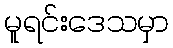
မူရင်းဒေသမှာ